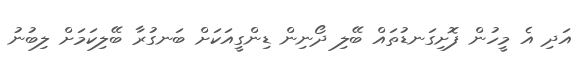
އަދި އެ މީހުން ފޮށިގަނޑުތައް ބޭލި ދޯނިން ޑިންގީއަކަށް ބަނގުރާ ބޭލިކަމަށް ލިބުނު